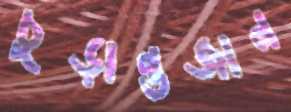
চূড়ান্তজান